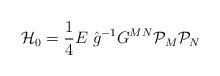
LaTeX: \begin{align*}{\cal H}_0 = {1\over 4}E \;\hat{g}^{-1} G^{MN} {\cal P}_M{\cal P}_N\end{align*}